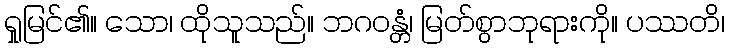
ရှုမြင်၏။ သော၊ ထိုသူသည်။ ဘဂဝန္တံ၊ မြတ်စွာဘုရားကို။ ပဿတိ၊